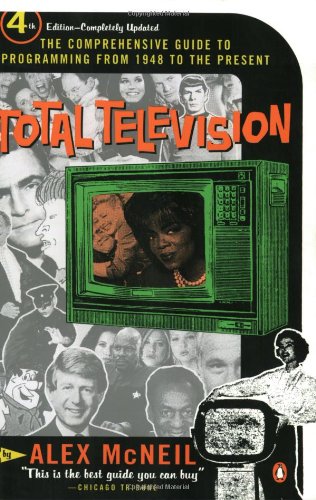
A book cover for Total Television: Revised Edition; Alex McNeil; Humor & Entertainment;